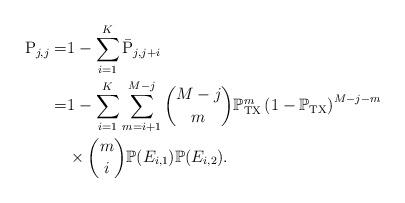
LaTeX: \begin{align*} {\rm P}_{j,j} =& 1-\sum^{K}_{i=1} \bar{\rm P}_{j,j+i} \\ =&1-\sum^{K}_{i=1} \sum^{M-j}_{m=i+1} {M-j \choose m} \mathbb{P}_{\rm TX}^m \left(1- \mathbb{P}_{\rm TX}\right) ^{M-j-m} \\ &\times {m \choose i} \mathbb{P}(E_{i,1}) \mathbb{P}(E_{i,2}).\end{align*}